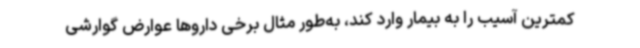
کمترین آسیب را به بیمار وارد کند، به‌طور مثال برخی داروها عوارض گوارشی